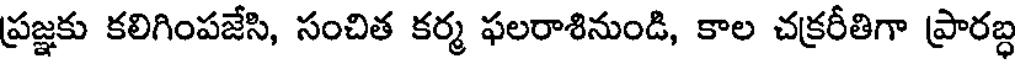
ప్రజ్ఞకు కలిగింపజేసి, సంచిత కర్మ ఫలరాశినుండి, కాల చక్రరీతిగా ప్రారబ్ధ